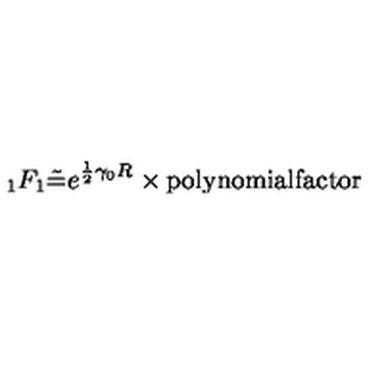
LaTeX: _ 1 F _ { 1 } \tilde { = } e ^ { \frac 1 2 \gamma _ { 0 } R } \times \mathrm { p o l y n o m i a l f a c t o r }